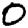
Digit: 0